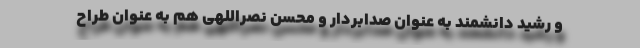
و رشید دانشمند به عنوان صدابردار و محسن نصراللهی هم به عنوان طراح